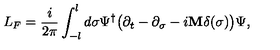
L _ { F } = \frac { i } { 2 \pi } \int _ { - l } ^ { l } d \sigma \Psi ^ { \dagger } \bigl ( \partial _ { t } - \partial _ { \sigma } - i { \bf M } \delta ( \sigma ) \bigr ) \Psi ,